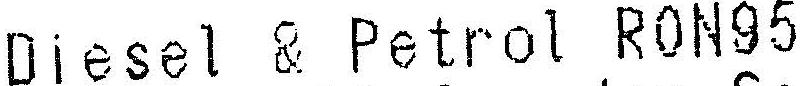
DIESEL & PETROL RON95